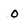
Character: o